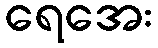
ရေအေး